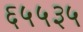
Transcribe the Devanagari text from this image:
६५५३५